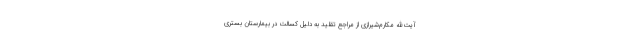
آیت‌الله مکارم‌شیرازی از مراجع تقلید به دلیل کسالت در بیمارستان بستری